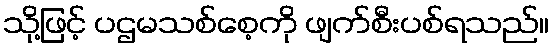
သို့ဖြင့် ပဌမသစ်စေ့ကို ဖျက်စီးပစ်ရသည်။